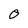
Character: O